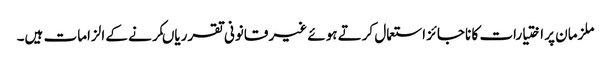
ملزمان پر اختیارات کا ناجائز استعمال کرتے ہوئے غیر قانونی تقرریاںکرنے کے الزامات ہیں۔